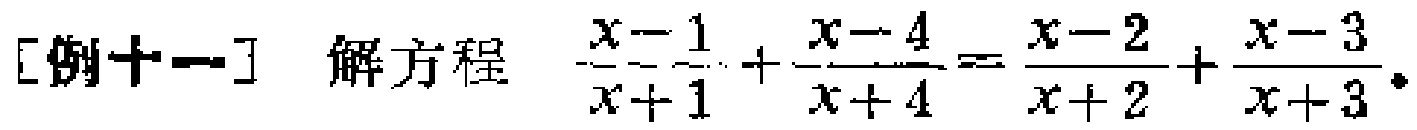
[例十一] 解方程 $\frac{x - 1}{x + 1}+\frac{x - 4}{x + 4}=\frac{x - 2}{x + 2}+\frac{x - 3}{x + 3}$。